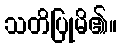
သတိပြုမိ၏။